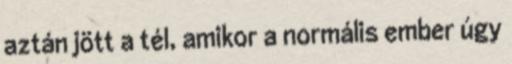
aztán jött a tél, amikor a normális ember úgy